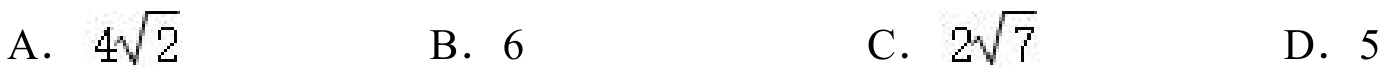
A. \(4\sqrt{2}\)
B. \(6\)
C. \(2\sqrt{7}\)
D. \(5\)